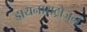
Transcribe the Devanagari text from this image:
डायनायट्रोजन